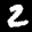
Label: 2